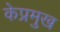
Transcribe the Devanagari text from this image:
केप्रमुख